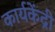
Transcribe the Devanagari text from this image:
कार्यकेंद्री